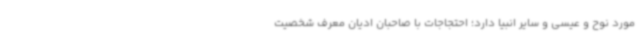
مورد نوح و عیسی و سایر انبیا دارد؛ احتجاجات با صاحبان ادیان معرف شخصیت